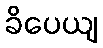
ခိပေယျ